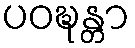
ပဝဍ္ဎန္တာ